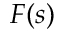
F ( s )